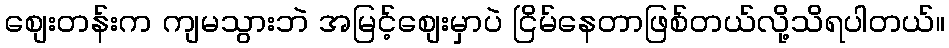
စျေးတန်းက ကျမသွားဘဲ အမြင့်စျေးမှာပဲ ငြိမ်နေတာဖြစ်တယ်လို့သိရပါတယ်။